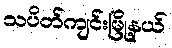
သပိတ်ကျင်းမြို့နယ်